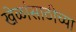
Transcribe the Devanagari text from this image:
खेळांसाठीच्या